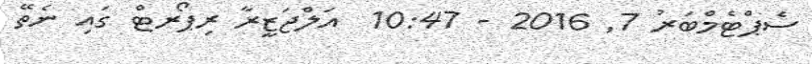
ސެޕްޓެމްބަރު 7